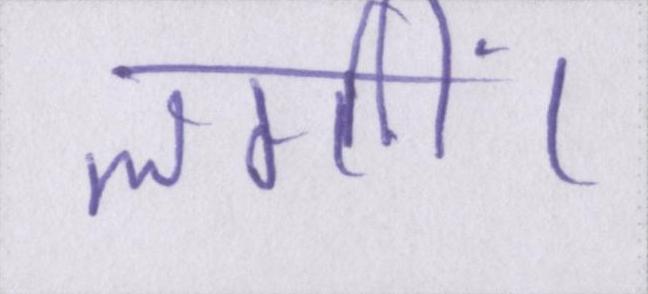
लगीं।